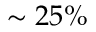
\sim 2 5 \%